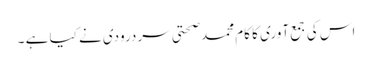
اس کی جمع آوری کا کام محمد صحتی سردرودی نے کیا ہے ۔